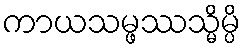
ကာယသမ္ဖဿသ္မိမ္ပိ